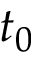
t _ { 0 }